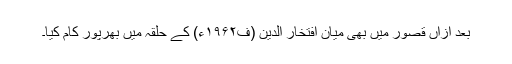
بعد ازاں قصور میں بھی میان افتخار الدین (ف۱۹۶۲ء) کے حلقہ میں بھرپور کام کیا۔